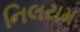
નિલયમ